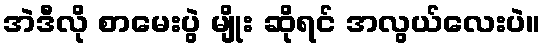
အဲဒီလို စာမေးပွဲ မျိုး ဆိုရင် အလွယ်လေးပဲ။